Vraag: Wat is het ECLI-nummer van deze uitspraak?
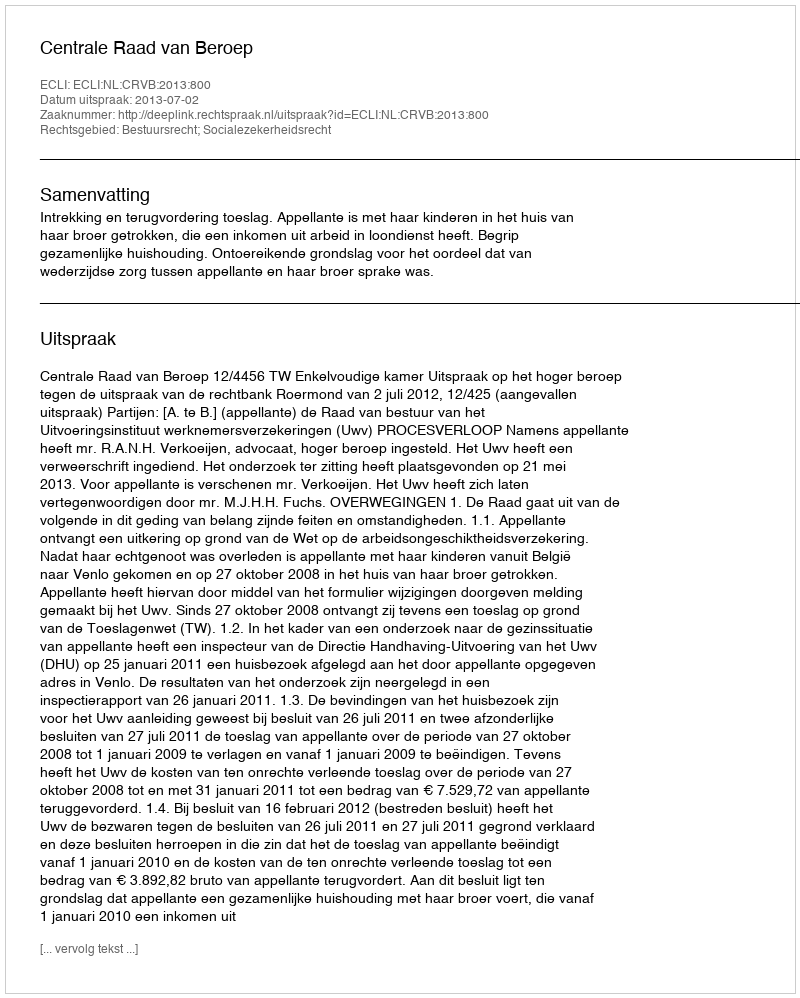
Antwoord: ECLI:NL:CRVB:2013:800